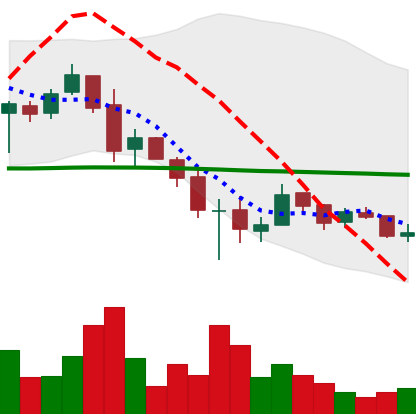
Ticker: XRP-USD
Chart end date: 2018-12-04
Forward return: -11.033%
Label: down_7plus